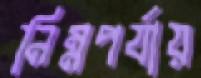
নিম্নপর্যায়